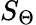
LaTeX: S_{\Theta}